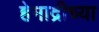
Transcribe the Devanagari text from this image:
हेमाद्रीच्या